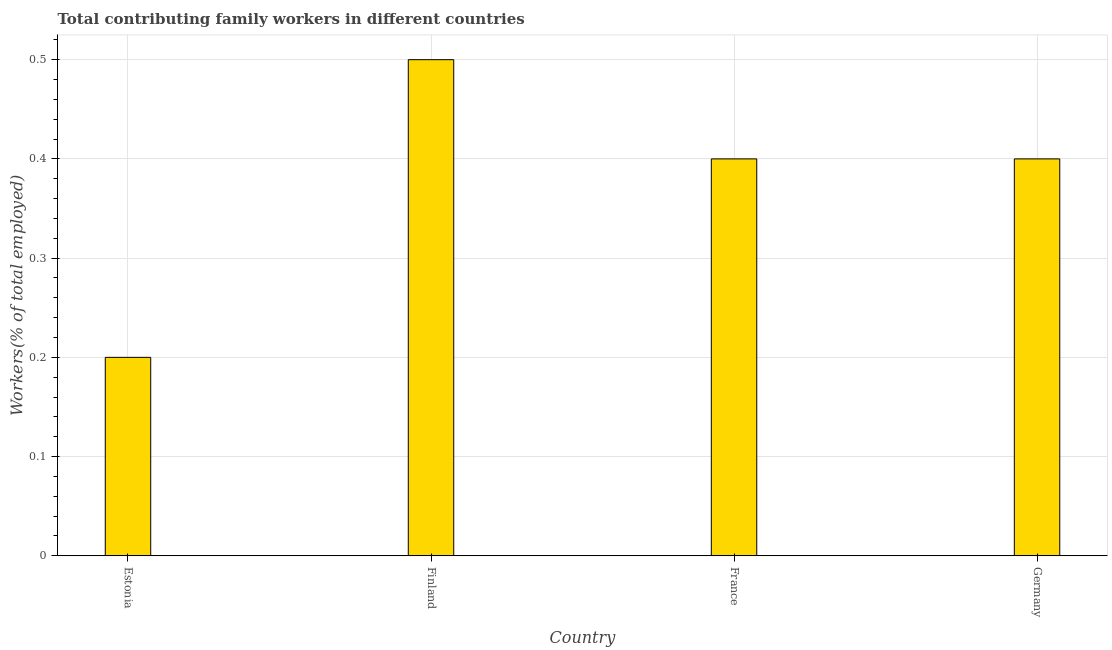
| Country | Contributing family workers |
 | --- | --- |
 | Estonia | 0.2 |
 | Finland | 0.5 |
 | France | 0.4 |
 | Germany | 0.4 |